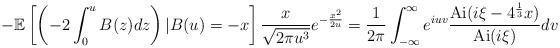
LaTeX: \begin{align*}-\mathbb{E}\left[\left(-2 \int_{0}^{u} B(z)dz \right) \vert B(u)=-x\right]\frac{x}{\sqrt{2\pi u^3}} e^{-\frac{x^2}{2u}}=\frac{1}{2\pi} \int_{-\infty}^{\infty} e^{iuv} \frac{\mathrm{Ai}(i\xi-4^{\frac{1}{3}}x)}{\mathrm{Ai}(i\xi)}dv\end{align*}